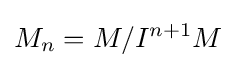
M_{n}=M/I^{n+1}M